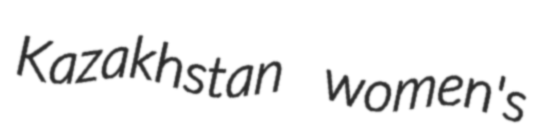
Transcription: Kazakhstan women's